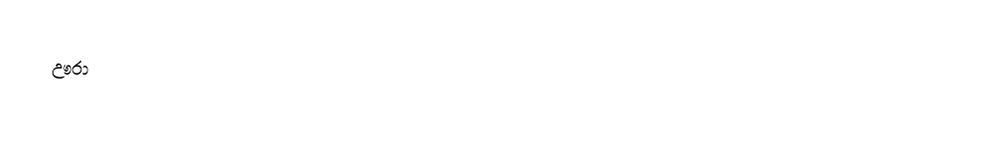
ඌරා